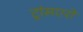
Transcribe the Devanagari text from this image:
ट्रांसएरो